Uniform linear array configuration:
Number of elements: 48
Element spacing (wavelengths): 0.75
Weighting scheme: kaiser
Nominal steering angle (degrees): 60
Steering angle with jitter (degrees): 61.952
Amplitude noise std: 0.05
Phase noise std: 0.05

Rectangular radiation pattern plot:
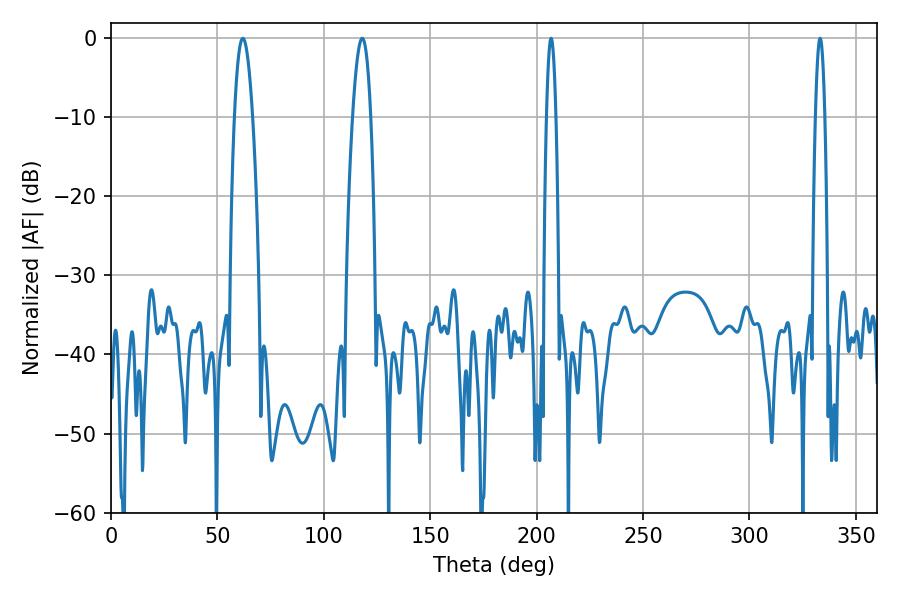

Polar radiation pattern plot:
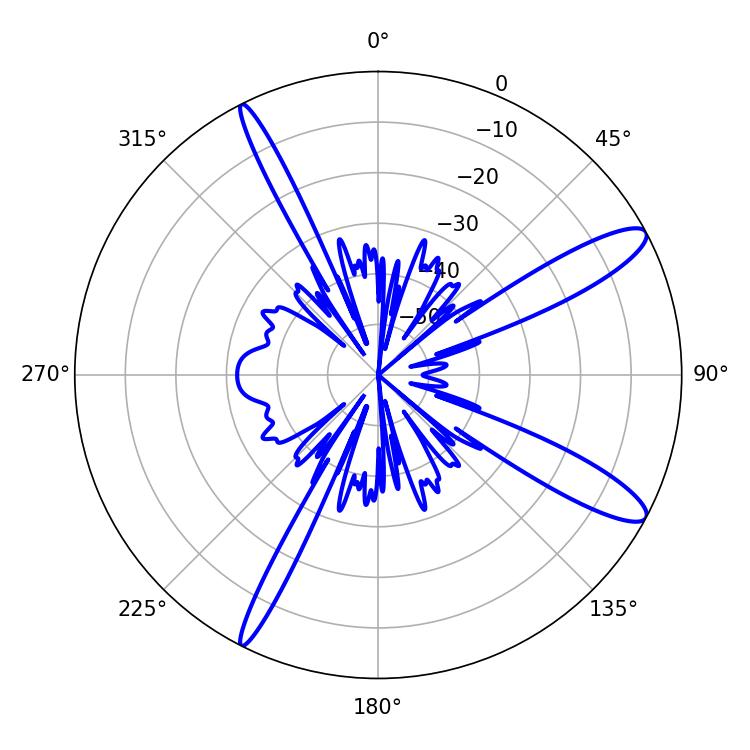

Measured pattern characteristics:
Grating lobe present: TRUE
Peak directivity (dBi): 12.418
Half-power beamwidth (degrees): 4.68
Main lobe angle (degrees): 61.92